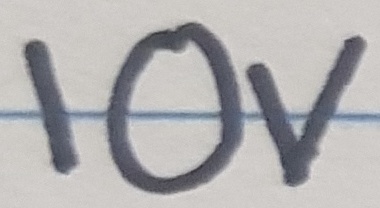
Text: 10V